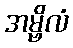
အမ္ဗိလံ